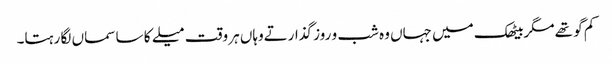
کم گو تھے مگربیٹھک میں جہاں وہ شب و روز گذارتےوہاں ہر وقت میلے کا سا سماں لگا رہتا۔